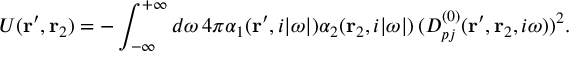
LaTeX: U ( { \bf r } ^ { \prime } , { \bf r } _ { 2 } ) = - \int _ { - \infty } ^ { + \infty } d \omega \, 4 \pi \alpha _ { 1 } ( { \bf r } ^ { \prime } , i | \omega | ) \alpha _ { 2 } ( { \bf r } _ { 2 } , i | \omega | ) \, ( D _ { p j } ^ { ( 0 ) } ( { \bf r } ^ { \prime } , { \bf r } _ { 2 } , i \omega ) ) ^ { 2 } .